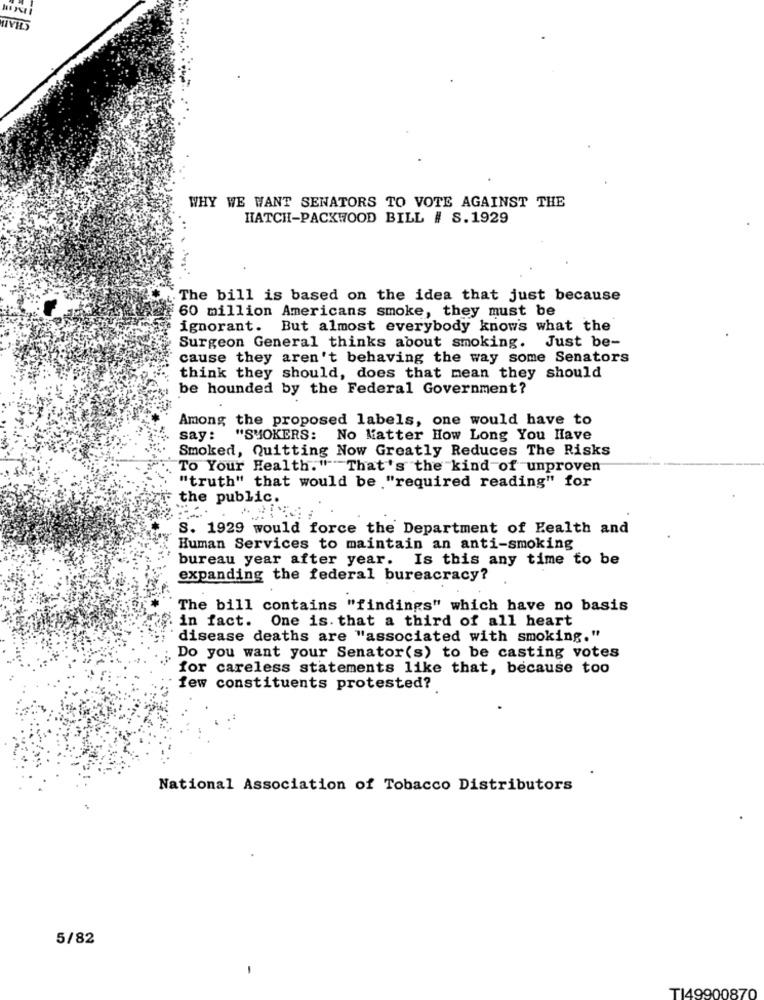
WHY WE WANT SENATORS TO VOTE AGAINST THE
HATCH-PACKWOOD BILL # S.1929
The bill is based on the idea that just because
60 million Americans smoke, they must be
ignorant. But almost everybody knows what the
Surgeon General thinks about smoking. Just be-
cause they aren't behaving the way some Senators
think they should, does that mean they should
be hounded by the Federal Government?
Among the proposed labels, one would have to
say :
"SMOKERS: No Matter How Long You Have
Smoked, Quitting Now Greatly Reduces The Risks
To Your Health. " That's the kind of unproven
"truth" that would be "required reading" for
the public.
S. 1929 would force the Department of Health and
Human Services to maintain an anti-smoking
bureau year after year. Is this any time to be
expanding the federal bureacracy?
The bill contains "findings" which have no basis
in fact. One is. that a third of all heart
disease deaths are "associated with smoking."
Do you want your Senator(s) to be casting votes
for careless statements like that, because too
few constituents protested?
National Association of Tobacco Distributors
5/82
TI49900870